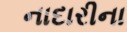
નાદારીના